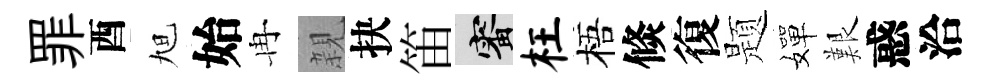
罪酉旭始冉親抉笛審枉梧倐復题嬋艱惑洽